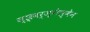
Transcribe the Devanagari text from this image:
स्छ्वर्ज़्गेल्बेन